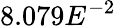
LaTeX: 8.079E^{-2}